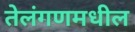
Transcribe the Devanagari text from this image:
तेलंगणमधील